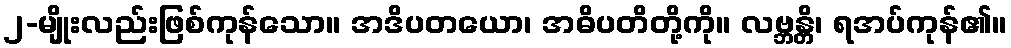
၂-မျိုးလည်းဖြစ်ကုန်သော။ အဒိပတယော၊ အဓိပတိတို့ကို။ လဗ္ဘန္တိ၊ ရအပ်ကုန်၏။